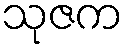
သုဇက